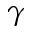
\gamma